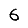
Digit: 6